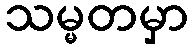
သမ္မတမှာ